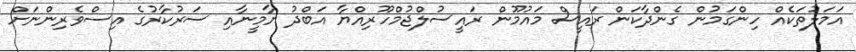
އަމަލުތަކެއް ހިންގަމުން ގެންދާކަން ރައީސް މައުމޫން ރައީސުލްޖުމްހޫރިއްޔާ އަބްދު ޔާމީނާއި ސަރުކާރުގެ އިސްވެރިންނަށް